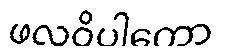
ဖလဝိပါကော